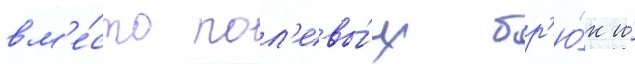
вм'е́сто пол'евы́х бр'ю́к и́